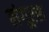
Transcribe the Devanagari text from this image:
लंगूरस